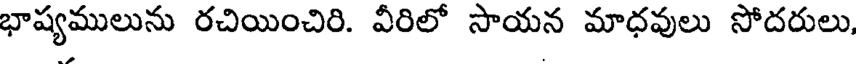
భాష్యములును రచియించిరి. వీరిలో సాయన మాధవులు సోదరులు